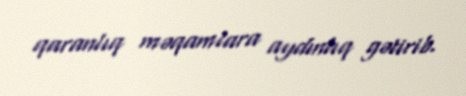
qaranlıq məqamlara aydınlıq gətirib.